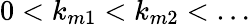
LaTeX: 0<k_{m1}<k_{m2}<\ldots